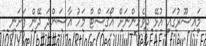
މައިސޫރުގައި އުޅޭ ދިވެހިންނަށް އޯގަސްޓް މަހު އާސަންދަ ދޭން ފަށަނީ